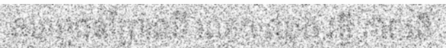
សកម្មជនព្រៃឈើ លោក ឈុត វុទ្ធី កាលពី